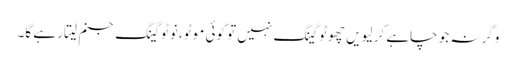
وگرنہ جو چاہے کر لیویں چھوٹو گینگ نہیں تو کوئی موٹو ،نوٹو گینگ جنم لیتا رہے گا۔